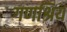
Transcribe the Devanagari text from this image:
गणश्रिय